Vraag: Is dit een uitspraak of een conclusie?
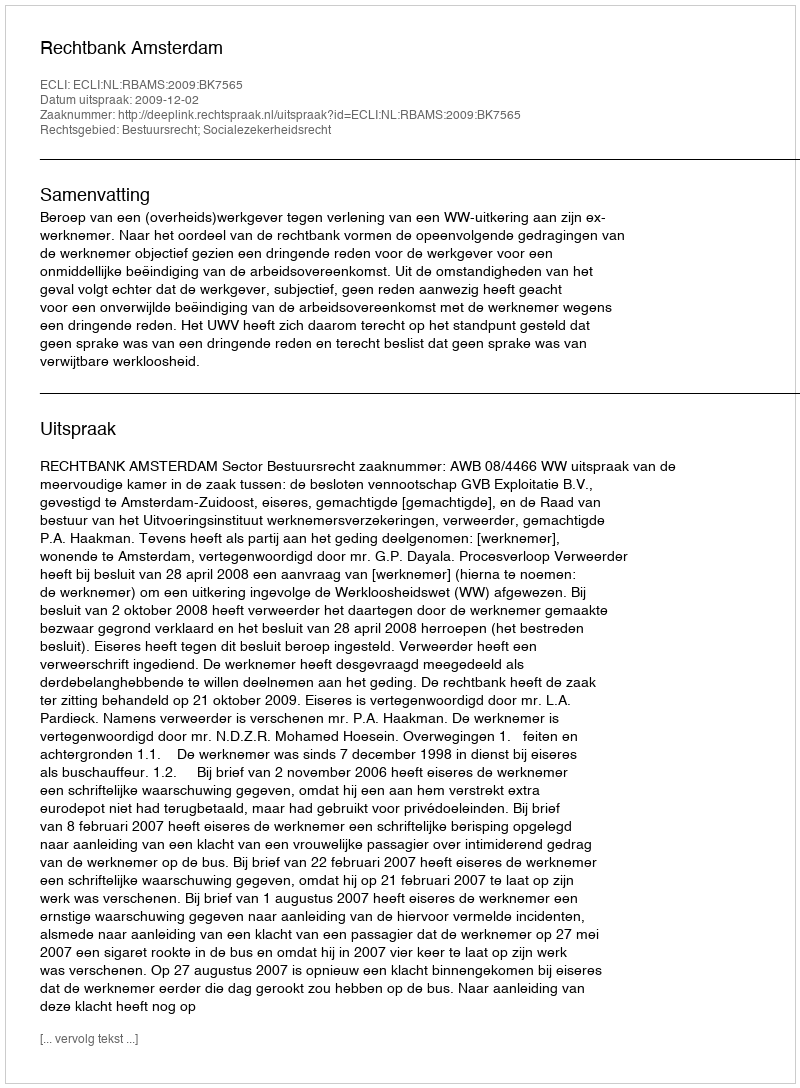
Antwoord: Uitspraak